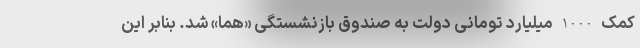
کمک 1000 میلیارد تومانی دولت به صندوق بازنشستگی «هما» شد. بنابر این